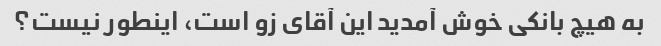
به هیچ بانکی خوش آمدید این آقای زو است، اینطور نیست؟